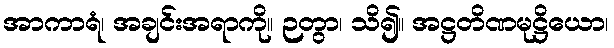
အာကာရံ၊ အချင်းအရာကို။ ဉတွာ၊ သိ၍။ အဋ္ဌတိဏမုဋ္ဌိယော၊